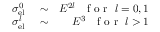
\begin{array} { r l r } { \sigma _ { \mathrm { e l } } ^ { 0 } } & { { } \sim } & { E ^ { 2 l } ~ ~ \mathrm { ~ f ~ o ~ r ~ } ~ l = 0 , 1 } \\ { \sigma _ { \mathrm { e l } } ^ { l } } & { { } \sim } & { E ^ { 3 } ~ ~ \mathrm { ~ f ~ o ~ r ~ } ~ l > 1 } \end{array}